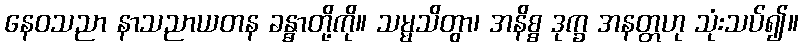
နေဝသညာ နာသညာယတန ခန္ဓာတို့ကို။ သမ္မသိတွာ၊ အနိစ္စ ဒုက္ခ အနတ္တဟု သုံးသပ်၍။